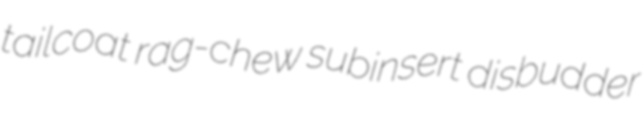
tailcoat rag-chew subinsert disbudder